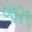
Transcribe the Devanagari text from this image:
०७२९